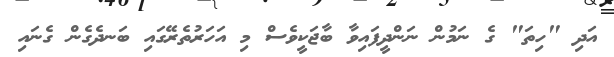
އަދި "ހިތަ" ގެ ނަމުން ނަންދީފައިވާ ބާޖަކީވެސް މި އަހަރުތެރޭގައި ބަނދެގެން ގެނައި